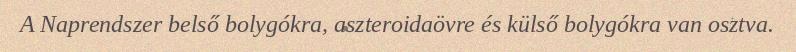
A Naprendszer belső bolygókra, aszteroidaövre és külső bolygókra van osztva.